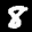
Label: 8